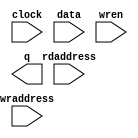
// megafunction wizard: %RAM: 2-PORT%VBB%
// GENERATION: STANDARD
// VERSION: WM1.0
// MODULE: altsyncram 

// ============================================================
// Megafunction Name(s):
// 			altsyncram
//
// Simulation Library Files(s):
// 			altera_mf
// ============================================================
// ************************************************************
// THIS IS A WIZARD-GENERATED FILE. DO NOT EDIT THIS FILE!
//
// 9.1 Build 350 03/24/2010 SP 2 SJ Web Edition
// ************************************************************

//Copyright (C) 1991-2010 Altera Corporation
//Your use of Altera Corporation's design tools, logic functions 
//and other software and tools, and its AMPP partner logic 
//functions, and any output files from any of the foregoing 
//(including device programming or simulation files), and any 
//associated documentation or information are expressly subject 
//to the terms and conditions of the Altera Program License 
//Subscription Agreement, Altera MegaCore Function License 
//Agreement, or other applicable license agreement, including, 
//without limitation, that your use is for the sole purpose of 
//programming logic devices manufactured by Altera and sold by 
//Altera or its authorized distributors.  Please refer to the 
//applicable agreement for further details.

module ram2portlpm (
	clock,
	data,
	rdaddress,
	wraddress,
	wren,
	q);

	input	  clock;
	input	[7:0]  data;
	input	[4:0]  rdaddress;
	input	[4:0]  wraddress;
	input	  wren;
	output	[7:0]  q;
`ifndef ALTERA_RESERVED_QIS
// synopsys translate_off
`endif
	tri1	  clock;
	tri0	  wren;
`ifndef ALTERA_RESERVED_QIS
// synopsys translate_on
`endif

endmodule

// ============================================================
// CNX file retrieval info
// ============================================================
// Retrieval info: PRIVATE: ADDRESSSTALL_A NUMERIC "0"
// Retrieval info: PRIVATE: ADDRESSSTALL_B NUMERIC "0"
// Retrieval info: PRIVATE: BYTEENA_ACLR_A NUMERIC "0"
// Retrieval info: PRIVATE: BYTEENA_ACLR_B NUMERIC "0"
// Retrieval info: PRIVATE: BYTE_ENABLE_A NUMERIC "0"
// Retrieval info: PRIVATE: BYTE_ENABLE_B NUMERIC "0"
// Retrieval info: PRIVATE: BYTE_SIZE NUMERIC "8"
// Retrieval info: PRIVATE: BlankMemory NUMERIC "0"
// Retrieval info: PRIVATE: CLOCK_ENABLE_INPUT_A NUMERIC "0"
// Retrieval info: PRIVATE: CLOCK_ENABLE_INPUT_B NUMERIC "0"
// Retrieval info: PRIVATE: CLOCK_ENABLE_OUTPUT_A NUMERIC "0"
// Retrieval info: PRIVATE: CLOCK_ENABLE_OUTPUT_B NUMERIC "0"
// Retrieval info: PRIVATE: CLRdata NUMERIC "0"
// Retrieval info: PRIVATE: CLRq NUMERIC "0"
// Retrieval info: PRIVATE: CLRrdaddress NUMERIC "0"
// Retrieval info: PRIVATE: CLRrren NUMERIC "0"
// Retrieval info: PRIVATE: CLRwraddress NUMERIC "0"
// Retrieval info: PRIVATE: CLRwren NUMERIC "0"
// Retrieval info: PRIVATE: Clock NUMERIC "0"
// Retrieval info: PRIVATE: Clock_A NUMERIC "0"
// Retrieval info: PRIVATE: Clock_B NUMERIC "0"
// Retrieval info: PRIVATE: ECC NUMERIC "0"
// Retrieval info: PRIVATE: IMPLEMENT_IN_LES NUMERIC "0"
// Retrieval info: PRIVATE: INDATA_ACLR_B NUMERIC "0"
// Retrieval info: PRIVATE: INDATA_REG_B NUMERIC "0"
// Retrieval info: PRIVATE: INIT_FILE_LAYOUT STRING "PORT_B"
// Retrieval info: PRIVATE: INIT_TO_SIM_X NUMERIC "0"
// Retrieval info: PRIVATE: INTENDED_DEVICE_FAMILY STRING "Cyclone II"
// Retrieval info: PRIVATE: JTAG_ENABLED NUMERIC "0"
// Retrieval info: PRIVATE: JTAG_ID STRING "NONE"
// Retrieval info: PRIVATE: MAXIMUM_DEPTH NUMERIC "0"
// Retrieval info: PRIVATE: MEMSIZE NUMERIC "256"
// Retrieval info: PRIVATE: MEM_IN_BITS NUMERIC "0"
// Retrieval info: PRIVATE: MIFfilename STRING "ramlpm.mif"
// Retrieval info: PRIVATE: OPERATION_MODE NUMERIC "2"
// Retrieval info: PRIVATE: OUTDATA_ACLR_B NUMERIC "0"
// Retrieval info: PRIVATE: OUTDATA_REG_B NUMERIC "0"
// Retrieval info: PRIVATE: RAM_BLOCK_TYPE NUMERIC "2"
// Retrieval info: PRIVATE: READ_DURING_WRITE_MODE_MIXED_PORTS NUMERIC "2"
// Retrieval info: PRIVATE: READ_DURING_WRITE_MODE_PORT_A NUMERIC "4"
// Retrieval info: PRIVATE: READ_DURING_WRITE_MODE_PORT_B NUMERIC "4"
// Retrieval info: PRIVATE: REGdata NUMERIC "1"
// Retrieval info: PRIVATE: REGq NUMERIC "1"
// Retrieval info: PRIVATE: REGrdaddress NUMERIC "1"
// Retrieval info: PRIVATE: REGrren NUMERIC "1"
// Retrieval info: PRIVATE: REGwraddress NUMERIC "1"
// Retrieval info: PRIVATE: REGwren NUMERIC "1"
// Retrieval info: PRIVATE: SYNTH_WRAPPER_GEN_POSTFIX STRING "0"
// Retrieval info: PRIVATE: USE_DIFF_CLKEN NUMERIC "0"
// Retrieval info: PRIVATE: UseDPRAM NUMERIC "1"
// Retrieval info: PRIVATE: VarWidth NUMERIC "0"
// Retrieval info: PRIVATE: WIDTH_READ_A NUMERIC "8"
// Retrieval info: PRIVATE: WIDTH_READ_B NUMERIC "8"
// Retrieval info: PRIVATE: WIDTH_WRITE_A NUMERIC "8"
// Retrieval info: PRIVATE: WIDTH_WRITE_B NUMERIC "8"
// Retrieval info: PRIVATE: WRADDR_ACLR_B NUMERIC "0"
// Retrieval info: PRIVATE: WRADDR_REG_B NUMERIC "0"
// Retrieval info: PRIVATE: WRCTRL_ACLR_B NUMERIC "0"
// Retrieval info: PRIVATE: enable NUMERIC "0"
// Retrieval info: PRIVATE: rden NUMERIC "0"
// Retrieval info: CONSTANT: ADDRESS_REG_B STRING "CLOCK0"
// Retrieval info: CONSTANT: CLOCK_ENABLE_INPUT_A STRING "BYPASS"
// Retrieval info: CONSTANT: CLOCK_ENABLE_INPUT_B STRING "BYPASS"
// Retrieval info: CONSTANT: CLOCK_ENABLE_OUTPUT_A STRING "BYPASS"
// Retrieval info: CONSTANT: CLOCK_ENABLE_OUTPUT_B STRING "BYPASS"
// Retrieval info: CONSTANT: INIT_FILE STRING "ramlpm.mif"
// Retrieval info: CONSTANT: INTENDED_DEVICE_FAMILY STRING "Cyclone II"
// Retrieval info: CONSTANT: LPM_TYPE STRING "altsyncram"
// Retrieval info: CONSTANT: NUMWORDS_A NUMERIC "32"
// Retrieval info: CONSTANT: NUMWORDS_B NUMERIC "32"
// Retrieval info: CONSTANT: OPERATION_MODE STRING "DUAL_PORT"
// Retrieval info: CONSTANT: OUTDATA_ACLR_B STRING "NONE"
// Retrieval info: CONSTANT: OUTDATA_REG_B STRING "UNREGISTERED"
// Retrieval info: CONSTANT: POWER_UP_UNINITIALIZED STRING "FALSE"
// Retrieval info: CONSTANT: RAM_BLOCK_TYPE STRING "M4K"
// Retrieval info: CONSTANT: READ_DURING_WRITE_MODE_MIXED_PORTS STRING "DONT_CARE"
// Retrieval info: CONSTANT: WIDTHAD_A NUMERIC "5"
// Retrieval info: CONSTANT: WIDTHAD_B NUMERIC "5"
// Retrieval info: CONSTANT: WIDTH_A NUMERIC "8"
// Retrieval info: CONSTANT: WIDTH_B NUMERIC "8"
// Retrieval info: CONSTANT: WIDTH_BYTEENA_A NUMERIC "1"
// Retrieval info: USED_PORT: clock 0 0 0 0 INPUT VCC clock
// Retrieval info: USED_PORT: data 0 0 8 0 INPUT NODEFVAL data[7..0]
// Retrieval info: USED_PORT: q 0 0 8 0 OUTPUT NODEFVAL q[7..0]
// Retrieval info: USED_PORT: rdaddress 0 0 5 0 INPUT NODEFVAL rdaddress[4..0]
// Retrieval info: USED_PORT: wraddress 0 0 5 0 INPUT NODEFVAL wraddress[4..0]
// Retrieval info: USED_PORT: wren 0 0 0 0 INPUT GND wren
// Retrieval info: CONNECT: @data_a 0 0 8 0 data 0 0 8 0
// Retrieval info: CONNECT: @wren_a 0 0 0 0 wren 0 0 0 0
// Retrieval info: CONNECT: q 0 0 8 0 @q_b 0 0 8 0
// Retrieval info: CONNECT: @address_a 0 0 5 0 wraddress 0 0 5 0
// Retrieval info: CONNECT: @address_b 0 0 5 0 rdaddress 0 0 5 0
// Retrieval info: CONNECT: @clock0 0 0 0 0 clock 0 0 0 0
// Retrieval info: LIBRARY: altera_mf altera_mf.altera_mf_components.all
// Retrieval info: GEN_FILE: TYPE_NORMAL ram2portlpm.v TRUE
// Retrieval info: GEN_FILE: TYPE_NORMAL ram2portlpm.inc FALSE
// Retrieval info: GEN_FILE: TYPE_NORMAL ram2portlpm.cmp FALSE
// Retrieval info: GEN_FILE: TYPE_NORMAL ram2portlpm.bsf FALSE
// Retrieval info: GEN_FILE: TYPE_NORMAL ram2portlpm_inst.v FALSE
// Retrieval info: GEN_FILE: TYPE_NORMAL ram2portlpm_bb.v TRUE
// Retrieval info: GEN_FILE: TYPE_NORMAL ram2portlpm_waveforms.html TRUE
// Retrieval info: GEN_FILE: TYPE_NORMAL ram2portlpm_wave*.jpg FALSE
// Retrieval info: LIB_FILE: altera_mf